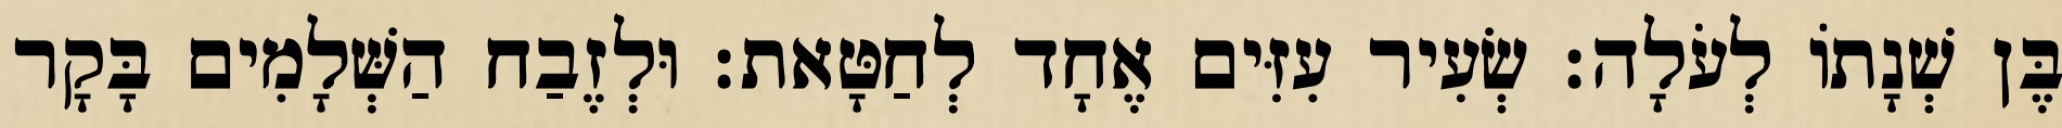
בֶּן שְׁנָתוֹ לְעֹלָה׃ שְׂעִיר עִזִּים אֶחָד לְחַטָּאת׃ וּלְזֶבַח הַשְּׁלָמִים בָּקָר